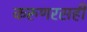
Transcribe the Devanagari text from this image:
करुणरसही